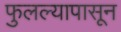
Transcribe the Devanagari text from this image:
फुलल्यापासून